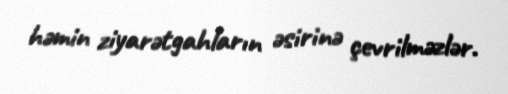
həmin ziyarətgahların əsirinə çevrilməzlər.